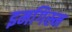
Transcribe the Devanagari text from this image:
इमगिस्म